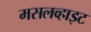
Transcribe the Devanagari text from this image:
मसलव्हाइट